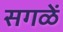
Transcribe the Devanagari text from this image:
सगळें